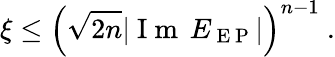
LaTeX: \xi\leq\left(\sqrt{2n}|\mathrm{~I~m~}\, E_{\mathrm{~E~P~}}|\right)^{n-1}\ .